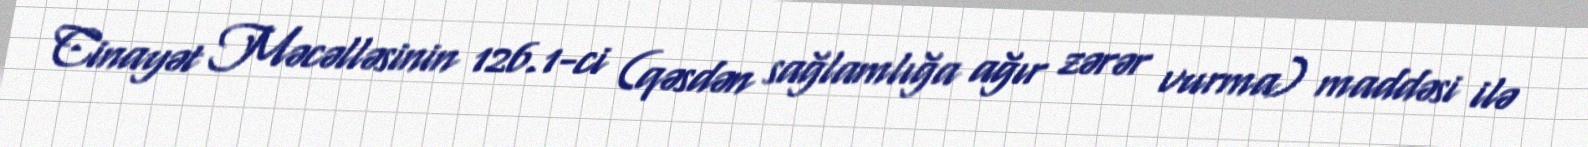
Cinayət Məcəlləsinin 126.1-ci (qəsdən sağlamlığa ağır zərər vurma) maddəsi ilə